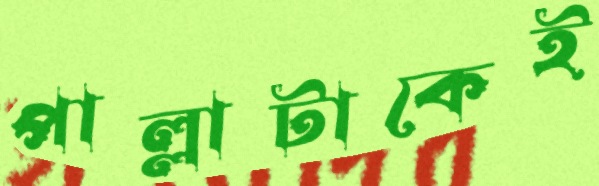
পাল্লাটাকেই